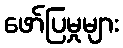
ဖော်ပြမှုများ